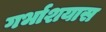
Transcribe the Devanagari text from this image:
गर्भाशयास